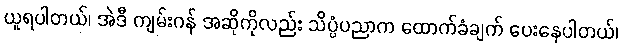
ယူရပါတယ်၊ အဲဒီ ကျမ်းဂန် အဆိုကိုလည်း သိပ္ပံပညာက ထောက်ခံချက် ပေးနေပါတယ်၊